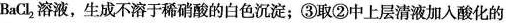
BaCl_{2}溶液，生成不溶于稀硝酸的白色沉淀；③取②中上层清液加入酸化的